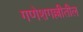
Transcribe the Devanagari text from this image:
गणेशगल्लीतील